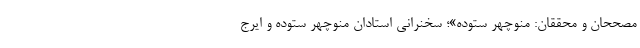
مصححان و محققان: منوچهر ستوده»؛ سخنرانی استادان منوچهر ستوده و ایرج